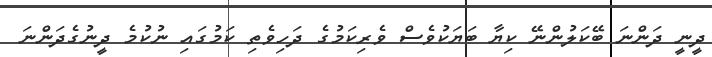
ދީނީ ދަންނަ ބޭކަލުންނޭ ކިޔާ ބަޔަކުވެސް ވެރިކަމުގެ ދަހިވެތި ކަމުގައި ނުކުމެ ދީނުގެދަންނަ